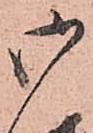
御